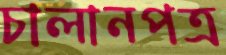
চালানপত্র